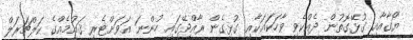
ޔޯގާއާއި ގުޅޭގޮތުން ދެއްކެވި ވާހަކައަކާއި ގުޅިގެން ރާއްޖޭގައި ހުންނަ އަވަށްޓެރި ޤައުމެއްގެ ކަލްޗަރަލް